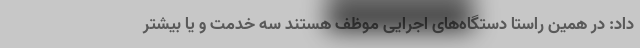
داد: در همین راستا دستگاه‌های اجرایی موظف هستند سه خدمت و یا بیشتر